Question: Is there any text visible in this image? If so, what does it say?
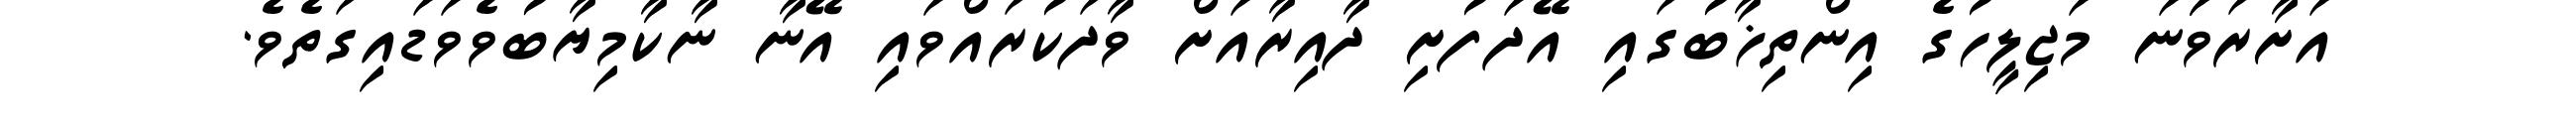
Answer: އަށާރަވަަނަ މަޖިލީހުގެ އިންތިޚާބުގައި އޭދަފުށި ދާއިރާއަށް ވާދަކުރައްވައި އޭނާ ނާކާމިޔާބުވެވަޑައިގަތެވެ.